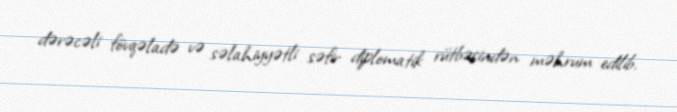
dərəcəli fövqəladə və səlahiyyətli səfir diplomatik rütbəsindən məhrum edilib.